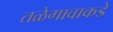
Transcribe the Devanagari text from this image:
तळेगावाकडे